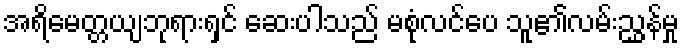
အရိမေတ္တယျဘုရားရှင် ဆေးပါသည် မစုံလင်ပေ သူ၏လမ်းညွှန်မှု